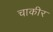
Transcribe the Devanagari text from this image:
चाकीर